Civil Veterinary Department. United Provinces 1912-22 - 1912-1922
Year: 1912
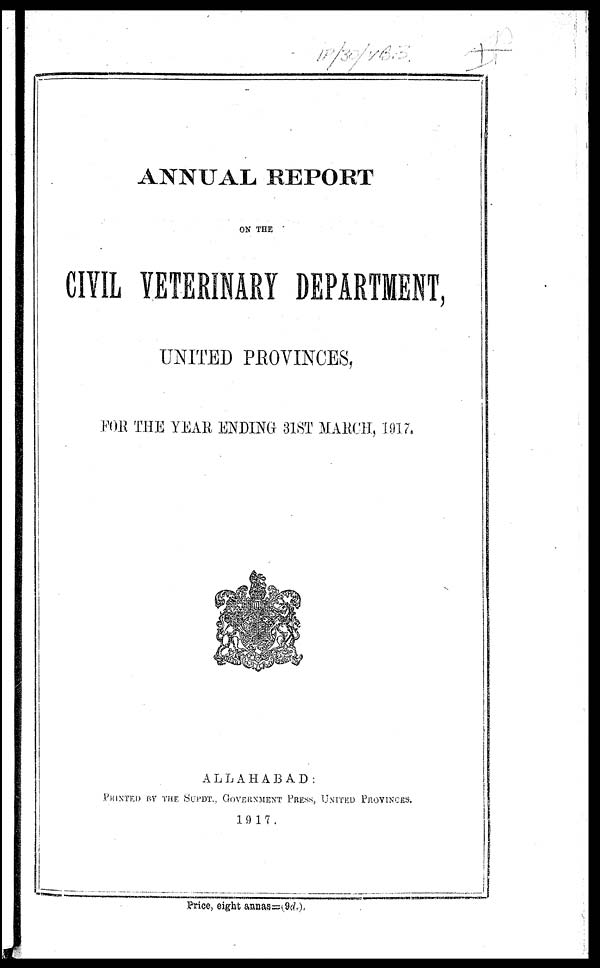
ANNUAL REPORT
ON THE
CIVIL VETERINARY DEPARTMENT,
UNITED PROVINCES,
FOR THE YEAR ENDING 31ST MARCH, 1017.
ALLAHABAD:
PRINTED BY THE SUPDT., GOVERNMENT PRESS, UNITED PROVINCES.
1917.
Price, eight annas=(9d.).